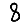
Digit: 8